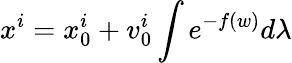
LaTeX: x^{i}=x_{0}^{i}+v_{0}^{i}\int e^{-f(w)}d\lambda